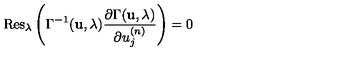
\mathrm { R e s } _ { \lambda } \left( \Gamma ^ { - 1 } ( { \bf u } , \lambda ) \frac { \partial \Gamma ( { \bf u } , \lambda ) } { \partial u _ { j } ^ { ( n ) } } \right) = 0